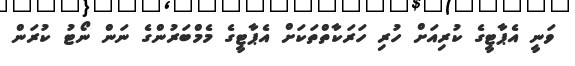
ވަނީ އެޕާޓީގެ ކުރިއަށް ހުރި ހަރަކާތްތަކަށް އެޕާޓީގެ މެމްބަރުންގެ ނަން ނޯޓު ކުރަން